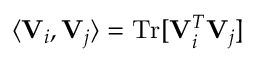
\langle { \bf V } _ { i } , { \bf V } _ { j } \rangle = \mathrm { T r } [ { \bf V } _ { i } ^ { T } { \bf V } _ { j } ]